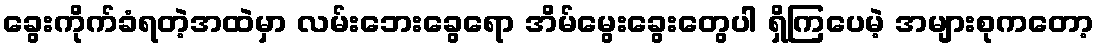
ခွေးကိုက်ခံရတဲ့အထဲမှာ လမ်းဘေးခွေရော အိမ်မွေးခွေးတွေပါ ရှိကြပေမဲ့ အများစုကတော့